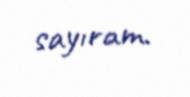
sayıram.